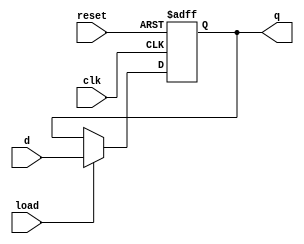
module register_16bit(clk, reset, load, d, q);

	input clk, reset, load;
	input  [15:0] d;
	output reg [15:0] q;
	
	
	always @(posedge clk or negedge reset) begin
		if(~reset)
			q <= 0;
		else
			if(load)
				q <= d;
	end

endmodule